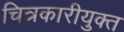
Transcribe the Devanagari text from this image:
चित्रकारीयुक्त